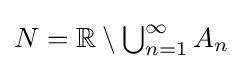
{\textstyle N=\mathbb {R} \setminus \bigcup _{n=1}^{\infty }A_{n}}